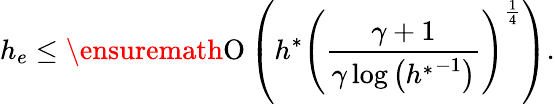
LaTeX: h_{e}\leq\ensuremath{\operatorname{O}\left(h^{\ast}\left(\frac{\gamma+1}{\gamma\log{\left({h^{\ast}}^{-1}\right)}}\right)^{\frac{1}{4}}\right)}.